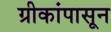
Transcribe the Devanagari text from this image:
ग्रीकांपासून